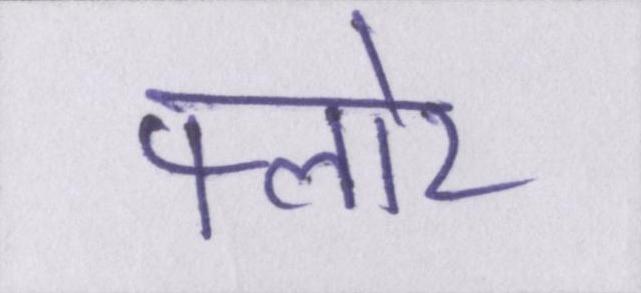
फ्लोर